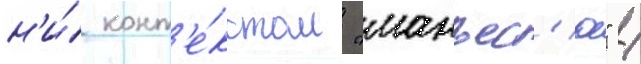
н'и́ конт'е́кстом "манъес'ю" /